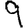
Digit: 9